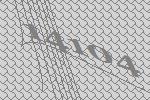
14104